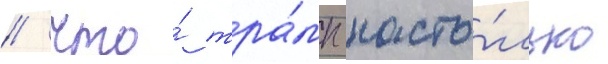
/ что́ тра́мп насто́лько